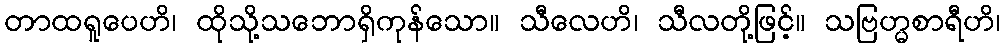
တာထရူပေဟိ၊ ထိုသို့သဘောရှိကုန်သော။ သီလေဟိ၊ သီလတို့ဖြင့်။ သဗြဟ္မစာရီဟိ၊